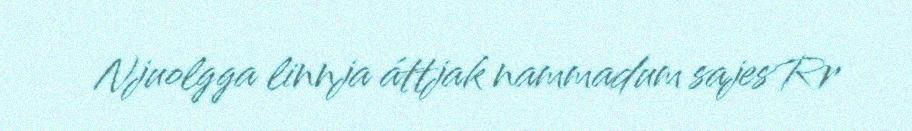
Njuolgga linnja áttjak nammadum sajes Rr